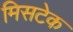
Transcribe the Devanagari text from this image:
मिसटेक